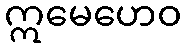
ဣမေဟေဝ